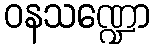
ဝနသဏ္ဍော